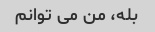
بله، من می توانم